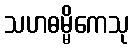
သဟဓမ္မိကေသု